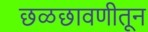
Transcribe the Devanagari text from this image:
छळछावणीतून